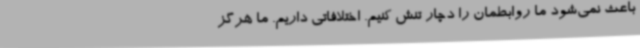
باعث نمی‌شود ما روابطمان را دچار تنش کنیم. اختلافاتی داریم. ما هرگز